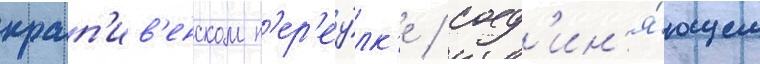
крап'ив'енском п'ер'еу́лк'е / соед'ин'я́ющем